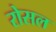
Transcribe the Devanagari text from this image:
रोसल